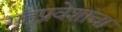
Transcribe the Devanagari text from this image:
गृहप्रवेशाचा